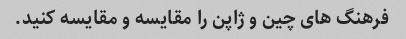
فرهنگ های چین و ژاپن را مقایسه و مقایسه کنید.